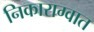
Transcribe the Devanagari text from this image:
निकाराग्वात